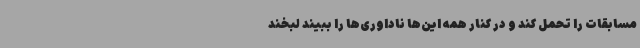
مسابقات را تحمل کند و در کنار همه این‌ها ناداوری‌ها را ببیند لبخند